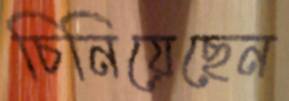
চিনিয়েছেন